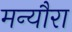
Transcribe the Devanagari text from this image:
मन्यौरा